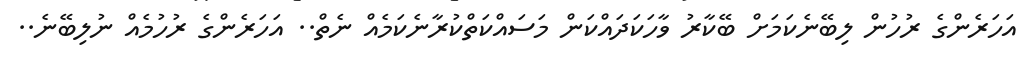
އަހަރެންގެ ރުހުން ލިބޭނެކަމަށް ބޭކާރު ވާހަކަދައްކަން މަސައްކަތްކުރާނެކަމެއް ނެތް.. އަހަރެންގެ ރުހުމެއް ނުލިބޭނެ..